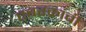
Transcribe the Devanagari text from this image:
एबरक्रांबी